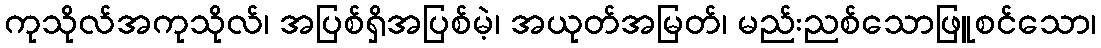
ကုသိုလ်အကုသိုလ်၊ အပြစ်ရှိအပြစ်မဲ့၊ အယုတ်အမြတ်၊ မည်းညစ်သောဖြူစင်သော၊